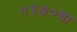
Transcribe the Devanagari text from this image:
१९७०चा